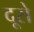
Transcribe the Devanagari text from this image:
दूसे